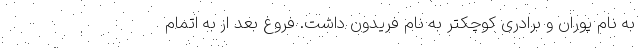
به نام پوران و برادری کوچکتر به نام فریدون داشت. فروغ بعد از به اتمام